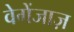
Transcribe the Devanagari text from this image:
वेगेंजाज़